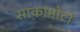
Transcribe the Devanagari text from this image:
साकामोटो